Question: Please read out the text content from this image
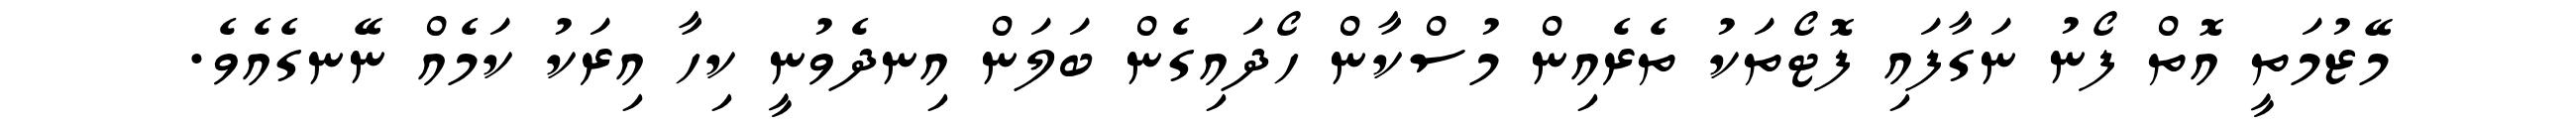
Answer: މޭޒުމަތީ އޮތް ފޯނު ނަގާފައި ފޮޓޯތަކު ތެރެއިން މުސްކާން ހޯދައިގެން ބަލަން އިނދެވުނީ ކިހާ އިރަކު ކަމެއް ނޭނގެއެވެ.